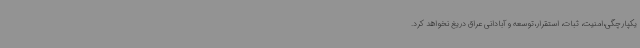
یکپارچگی،امنیت، ثبات، استقرار،توسعه و آبادانی عراق دریغ نخواهد کرد.